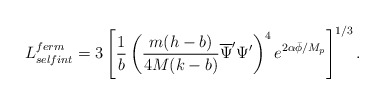
\begin{align*}L^{ferm}_{selfint}=3\left[\frac{1}{b}\left(\frac{m(h-b)}{4M(k-b)}\overline{\Psi}^{\prime}\Psi^{\prime}\right)^{4}e^{2\alpha\bar{\phi} /M_{p}}\right]^{1/3}.\end{align*}